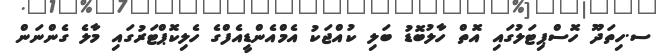
ސ.ހިތަދޫ ހޮސްޕިޓަލުގައި އޮތް ހާލުބޮޑު ބަލި ކުއްޖަކު އެމްއެންޑީއެފްގެ ހެލިކޮޕްޓަރުގައި މާލެ ގެންނަން